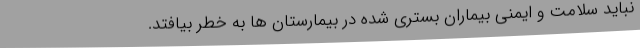
نباید سلامت و ایمنی بیماران بستری شده در بیمارستان ها به خطر بیافتد.